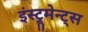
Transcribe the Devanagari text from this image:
इंस्ट्रूमेन्ट्स